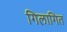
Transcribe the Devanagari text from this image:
गिलागित